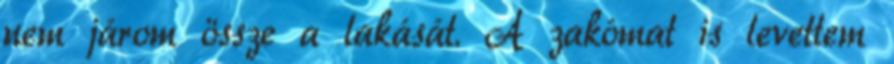
nem járom össze a lakását. A zakómat is levettem